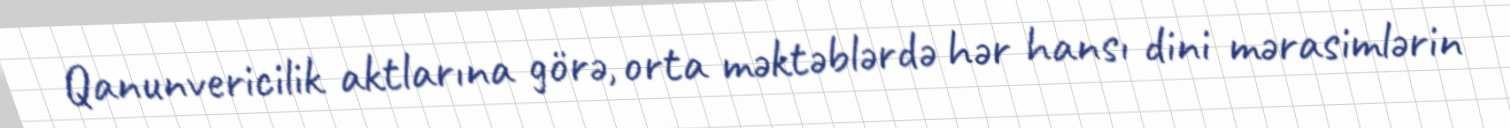
Qanunvericilik aktlarına görə, orta məktəblərdə hər hansı dini mərasimlərin